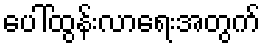
ပေါ်ထွန်းလာရေးအတွက်